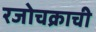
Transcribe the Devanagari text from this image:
रजोचक्राची